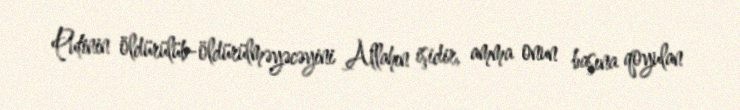
Putinin öldürülüb-öldürülməyəcəyini Allahın işidir, amma onun başına qoyulan